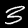
Digit: 3